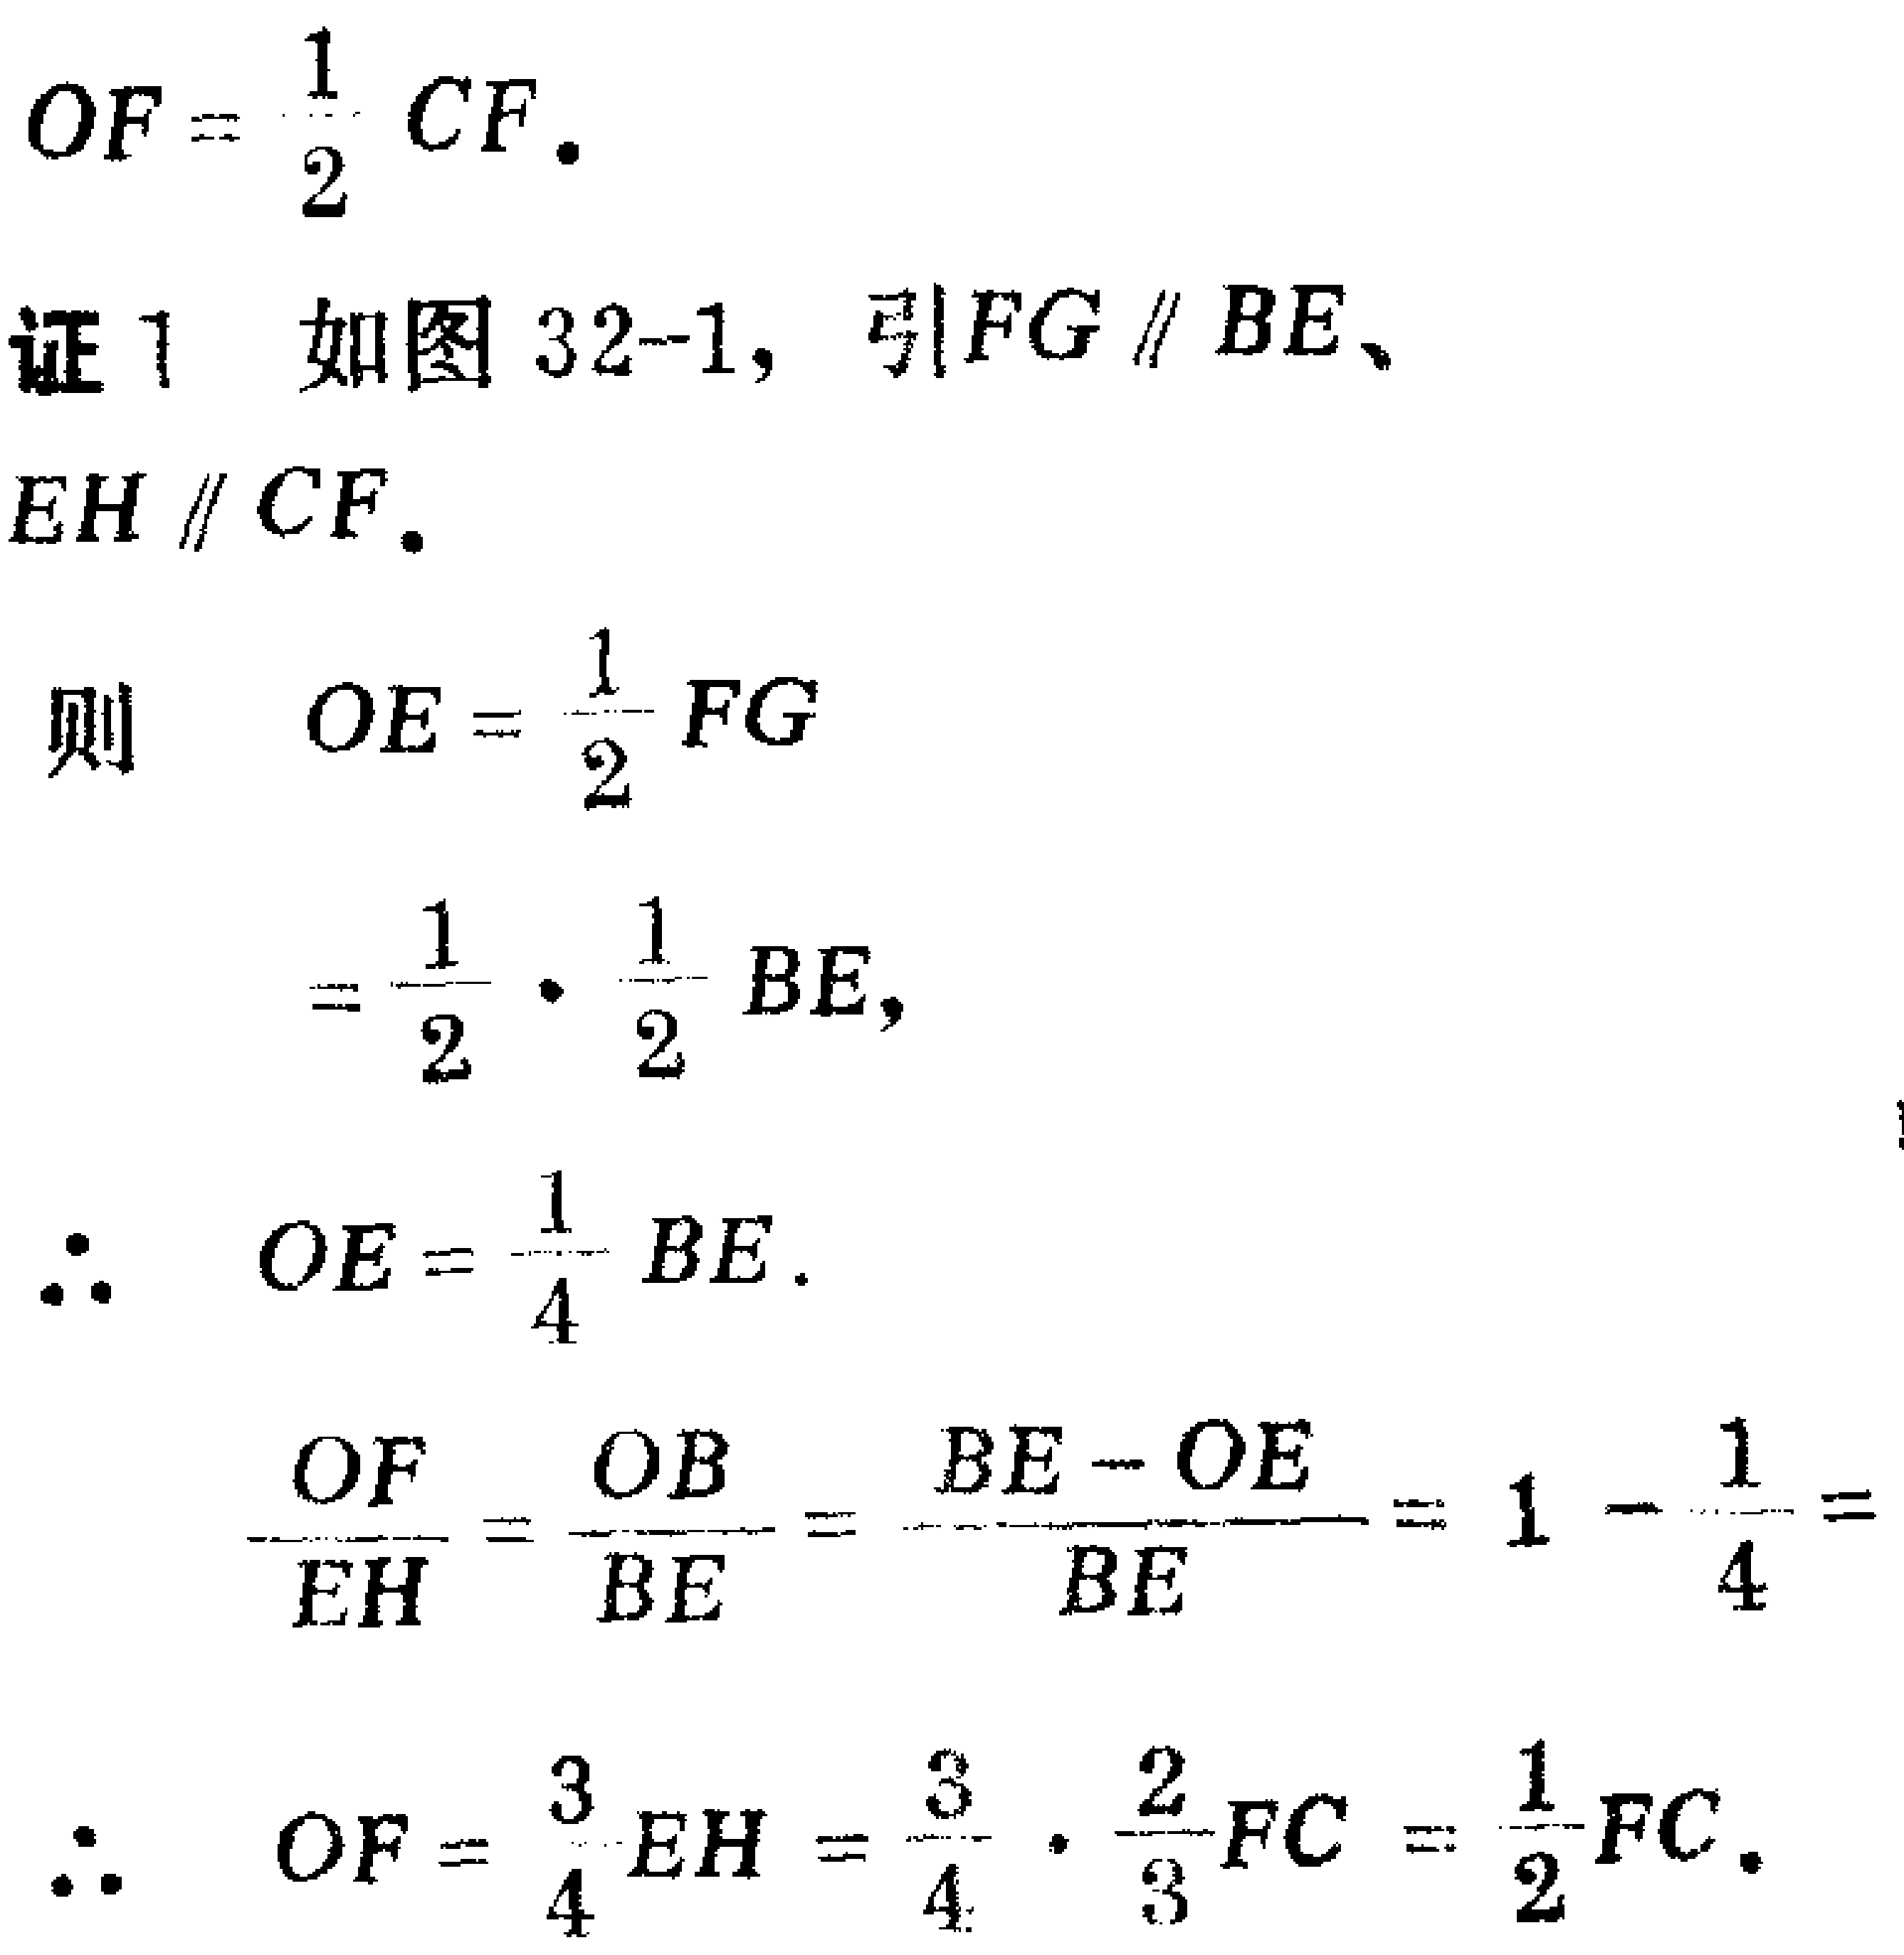
\[

OF = \frac{1}{2}CF.

\]

证1 如图32-1，引\(FG \parallel BE\)、\(EH \parallel CF\).

则

\[

\begin{align*}

OE&=\frac{1}{2}FG\\

&=\frac{1}{2}\cdot\frac{1}{2}BE,\\

\end{align*}

\]

\(\therefore\) \(OE = \frac{1}{4}BE\).

\[

\frac{OF}{EH}=\frac{OB}{BE}=\frac{BE - OE}{BE}=1 - \frac{1}{4}=

\]

\(\therefore\) \(OF = \frac{3}{4}EH=\frac{3}{4}\cdot\frac{2}{3}FC=\frac{1}{2}FC\).